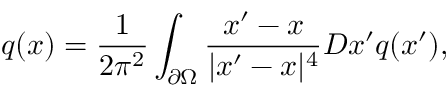
q ( x ) = { \frac { 1 } { 2 \pi ^ { 2 } } } \int _ { \partial \Omega } { \frac { x ^ { \prime } - x } { | x ^ { \prime } - x | ^ { 4 } } } D x ^ { \prime } q ( x ^ { \prime } ) ,